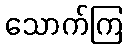
သောက်ကြ